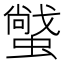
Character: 𧑼